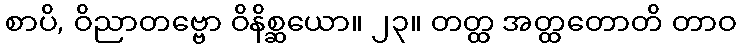
စာပိ, ဝိညာတဗ္ဗော ဝိနိစ္ဆယော။ ၂၃။ တတ္ထ အတ္ထတောတိ တာဝ